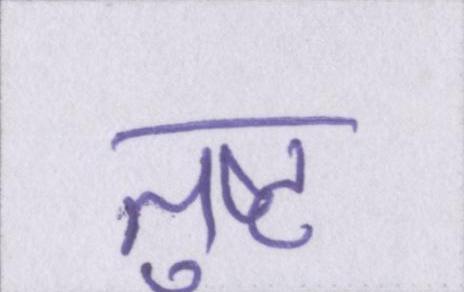
तुष्ट